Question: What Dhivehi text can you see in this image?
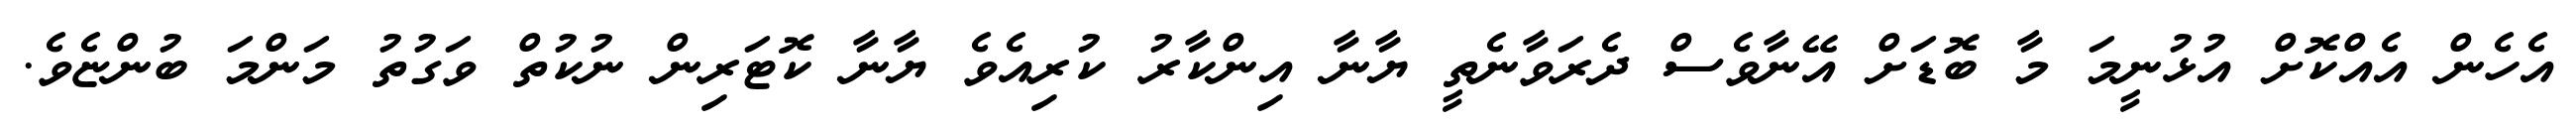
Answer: އެހެން އެއްކޮށް އުޅުނީމަ މާ ބޮޑަށް އޭނާވެސް ދެރަވާނެތީ ޔާނާ އިންކާރު ކުރިއެވެ ޔާނާ ކޮޓަރިން ނުކުތް ވަގުތު މަންމަ ބުންޏެވެ.